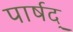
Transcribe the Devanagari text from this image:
पार्षद्